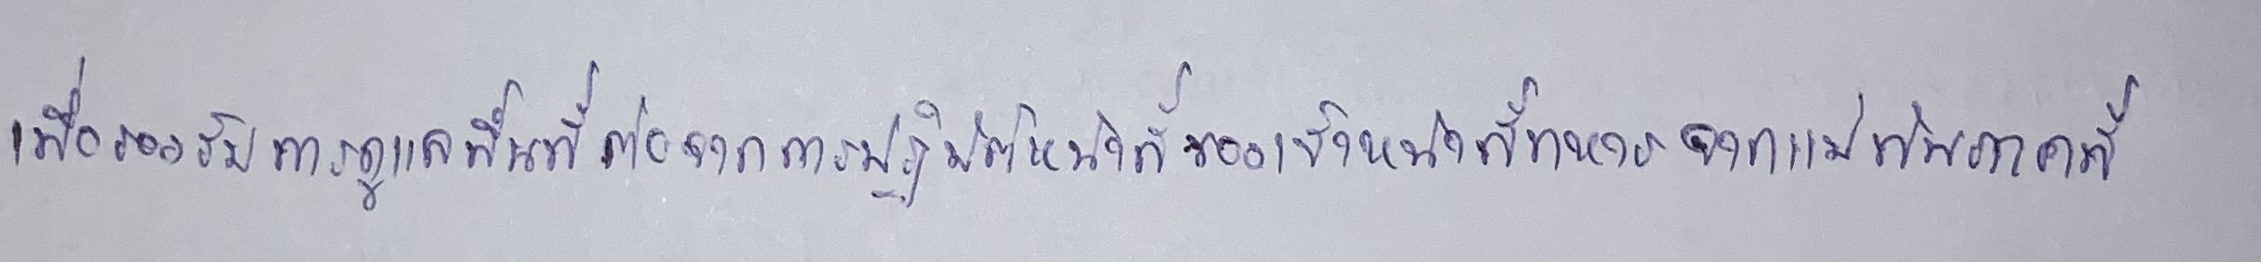
เพื่อรองรับการดูแลพื้นที่ต่อจากการปฏิบัติหน้าที่ของเจ้าหน้าที่ทหารจากแม่ทัพภาคที่